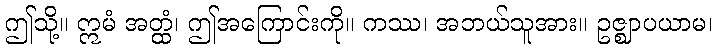
ဤသို့။ ဣမံ အတ္ထံ၊ ဤအကြောင်းကို။ ကဿ၊ အဘယ်သူအား။ ဥဇ္ဈာပယာမ၊